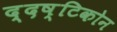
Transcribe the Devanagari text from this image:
द्दष्टिकोन